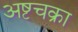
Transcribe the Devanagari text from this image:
अष्टचक्रा